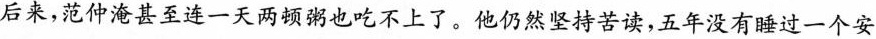
后来，范仲淹甚至连一天两顿粥也吃不上了。他仍然坚持苦读，五年没有睡过一个安